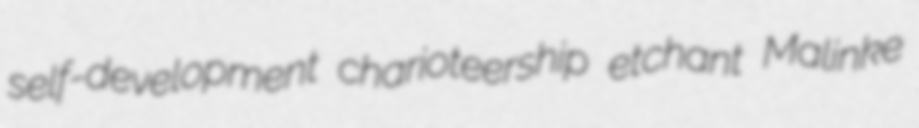
self-development charioteership etchant Malinke